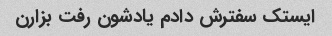
ایستک سفترش دادم یادشون رفت بزارن